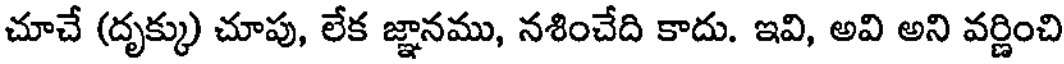
చూచే (దృక్కు) చూపు, లేక జ్ఞానము, నశించేది కాదు. ఇవి, అవి అని వర్ణించి